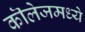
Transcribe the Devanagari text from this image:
कॊलेजमध्ये